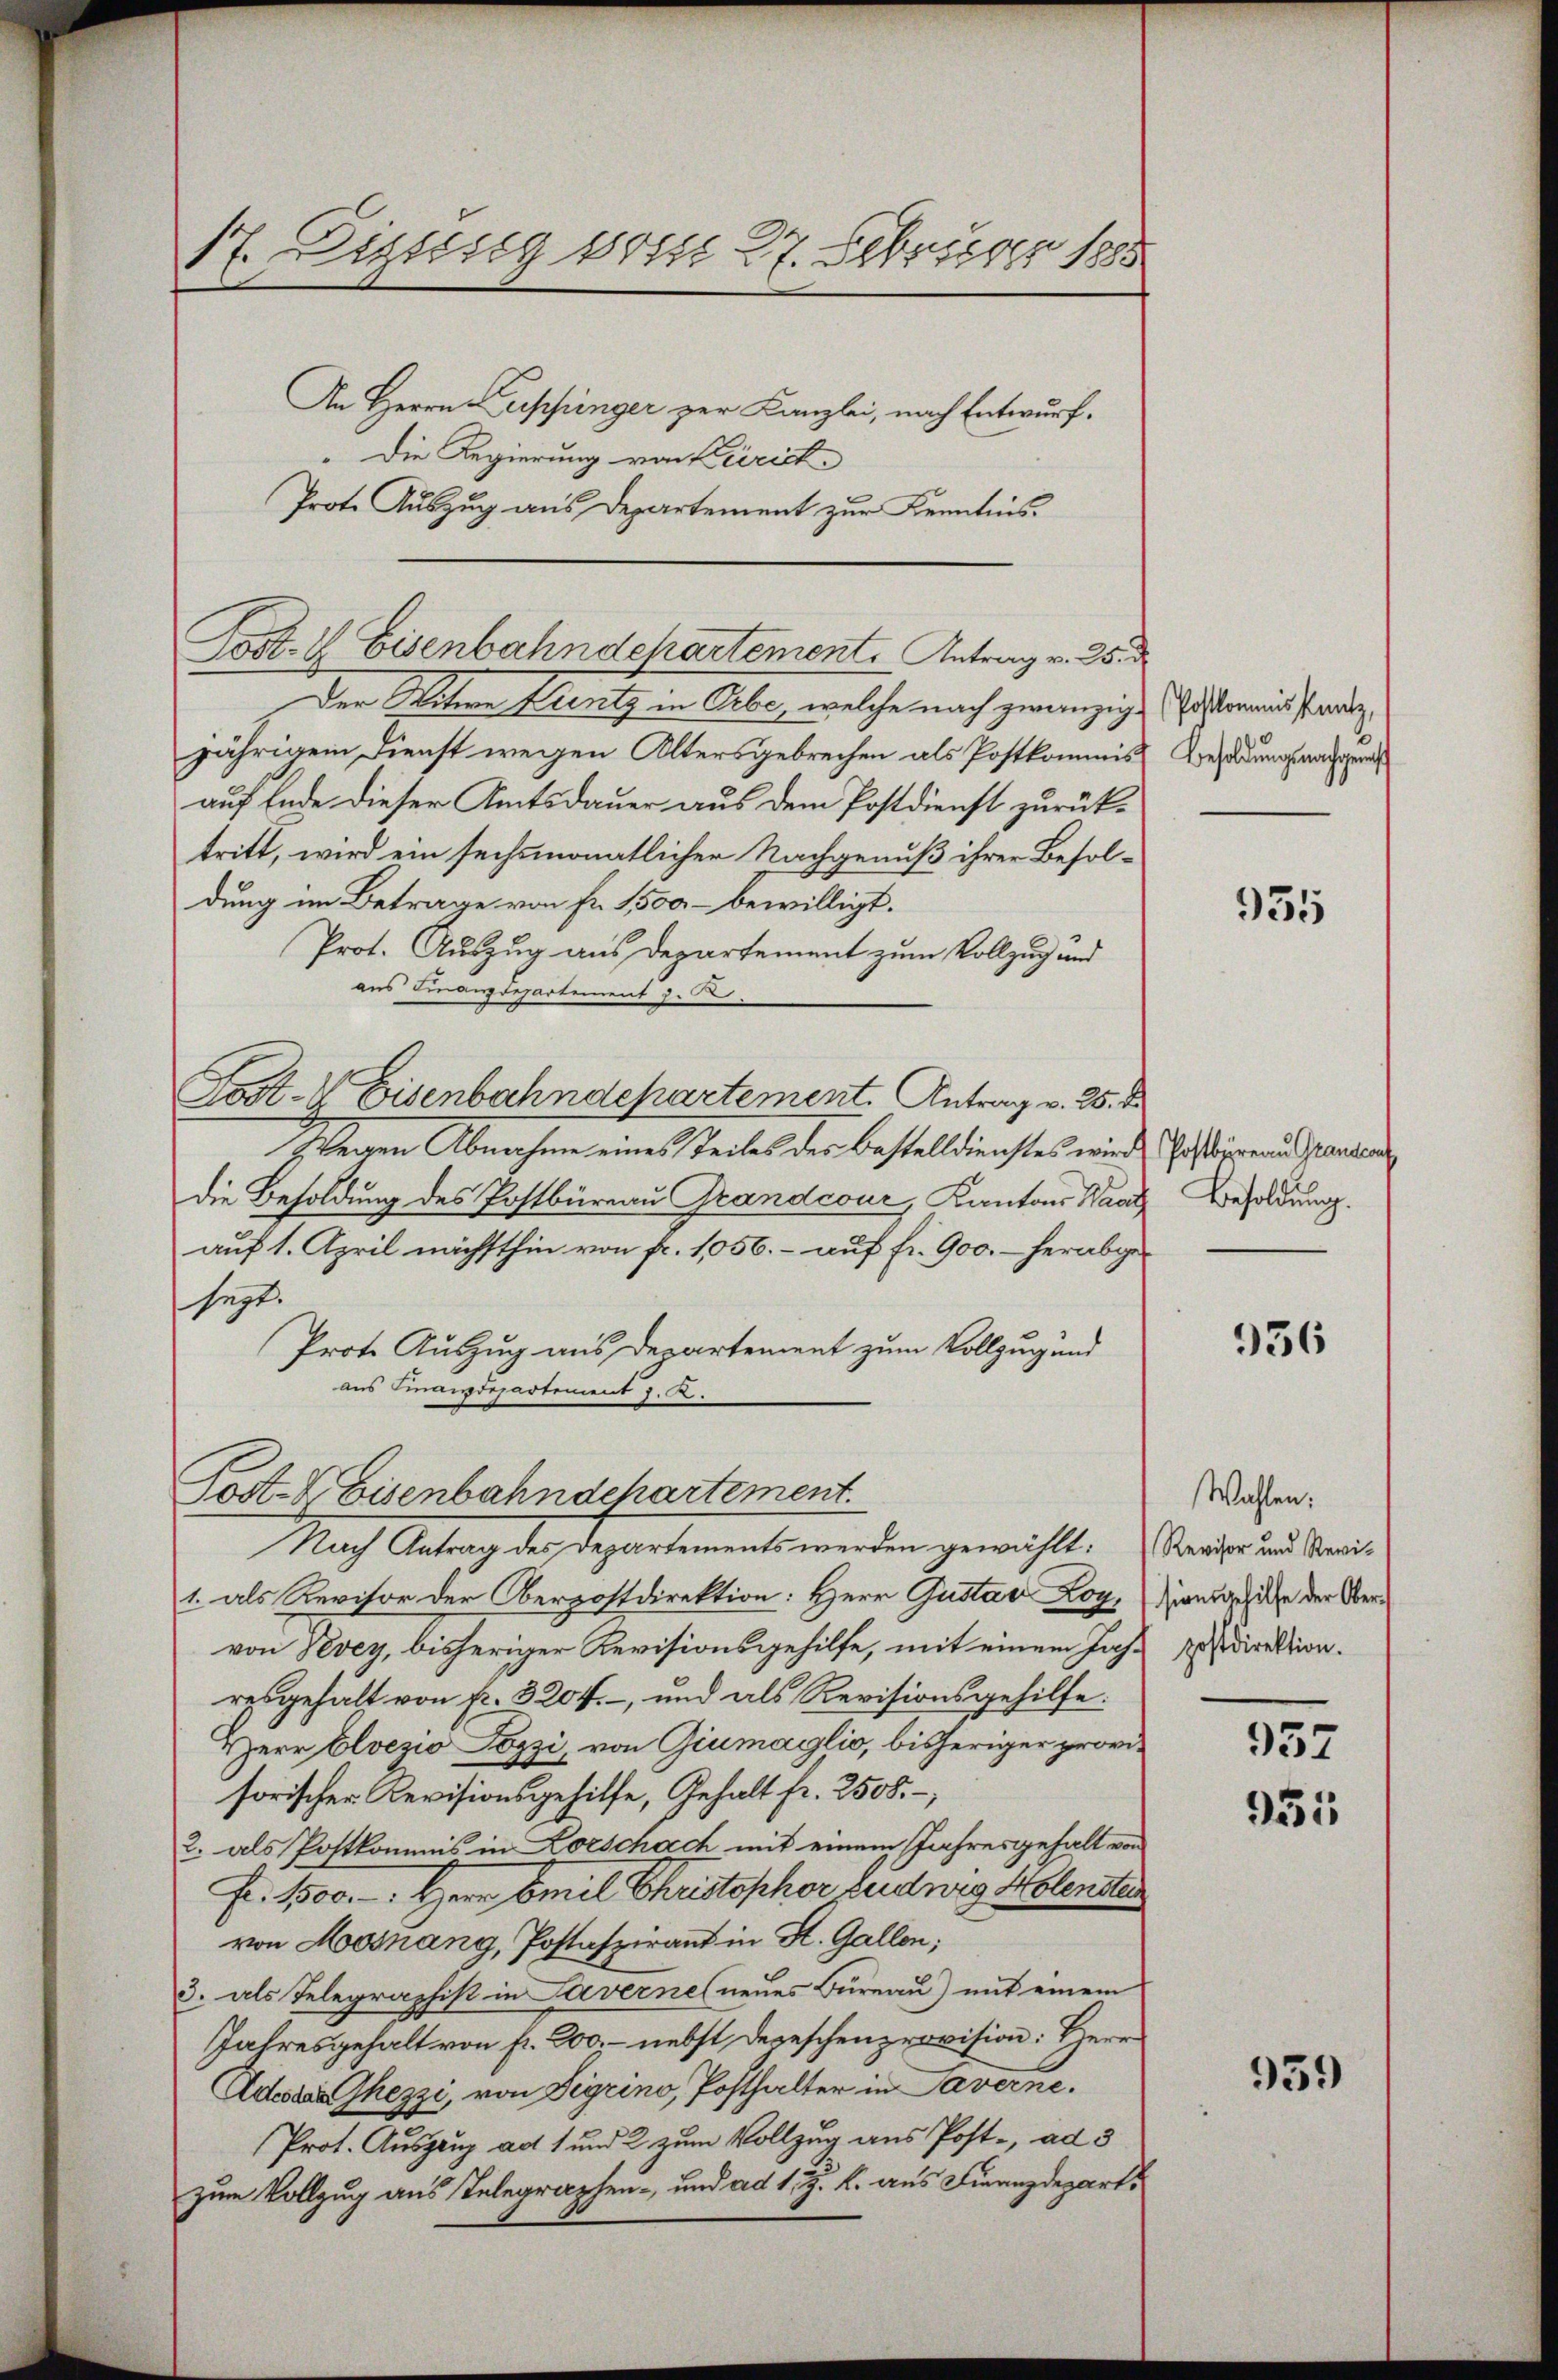
Der Witwe Krentz in Orbe, welche nach zwanzige
jährigem Dienst wegen Altersgebrechen als Postkommis
auf Ende dieser Amtsdauer aus dem Postdienst zurücktritt, wird ein sechsmonatlicher Nachgenuß ihrer Besoldung im Betrage von Fr. 1500 bewilligt.
Prot. Auszug aus Departement zum Vollzug und
aus Finanzdepartement 7.
Post-V Eisenbahndepartement Antrag v. 25. d.
Wegen Abnahme eines Teiles des Bestelldienstes wird Postirend Pandende
Die Besoldung des Postbüreau Grandcour, Kantons Saal Besoldung.
auf 1. April nächsthin von fr. 1056. - auf fr. 900. - herabgesezt.
Prote Auszug aus Departement zum Vollzug und
aus Finanzdepartement J. K.

P. Lizssseg vom 27. Februar 1885
An Herrn Luppinger zur Kanzlei, nach Entwurf.
Die Regierung von Bericht
Prote Auszug aus Departement zur Kenntnis.

Cost- & Eisenbahndchartement. Antrag v. 25.

1. als Revisor der Oberpostdirektion: Herr Gustav Loy, Handgesetze der Obervon Vevey, bisheriger Revisionsgehilfe, mit einem Jahr zu direktion.
resgehalt von fr. 3204. -, und als Revisionsgehilfe.
Herr Elvezio Lozzi, von Giumaglio, bisheriger provisorischer Revisionsgehilfe, Gehalt fr. 2508.
2. als Postkommis in Korschach mit einem Jahresgehalt von
Fr. 1500. - Herr Emil Christophor Ludwig Holenden
von Mosnang, Postaspirant in St. Gallen;
3. als Telegraphist in Laverne neues Bureau) mit einem
Jahresgehalt von fr. 200. nebst Depeschenprovision: Herr
Ades Thezzi, von Sigrino, Posthalter in Saverne.
Prot. Auszug ad 1 und 2 zum Vollzug aus Post-, ad 3
zum Vollzug aus Telegraphen- und ad 1. Z. k. aus Finanzdepart.

Post- & Eisenbahndepartement.
Nach Antrag der Departements werden gewählt:

Postkommissantz,
Besoldungsnachgemes

935

936

Wahlen;
Revisor und Revi¬

937
951

959